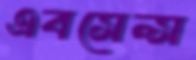
এবসেন্স